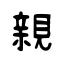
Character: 親